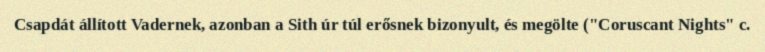
Csapdát állított Vadernek, azonban a Sith úr túl erősnek bizonyult, és megölte ("Coruscant Nights" c.